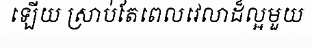
ឡើយ ស្រាប់តែពេលវេលាដ៏ល្អមួយ